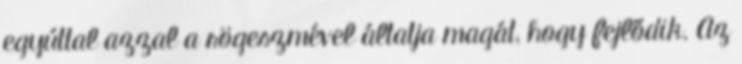
egyúttal azzal a rögeszmével áltatja magát, hogy fejlődik. Az